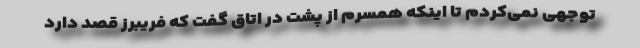
توجهی نمی‌کردم تا اینکه همسرم از پشت در اتاق گفت که فریبرز قصد دارد